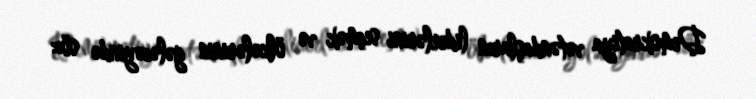
Demokratiya vətəndaşların liderlərini seçmək və ölkələrinin gələcəyində söz